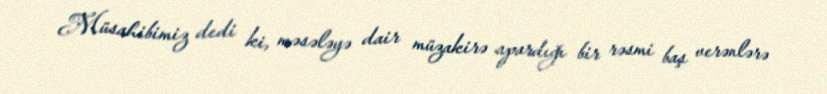
Müsahibimiz dedi ki, məsələyə dair müzakirə apardığı bir rəsmi baş verənlərə